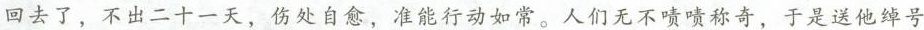
回去了，不出二十一天，伤处自愈，准能行动如常。人们无不啧啧称奇，于是送他绰号